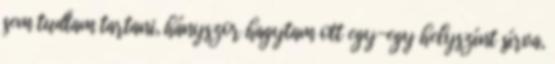
sem tudtam tartani, hányszor hagytam ott egy-egy helyszínt sírva,